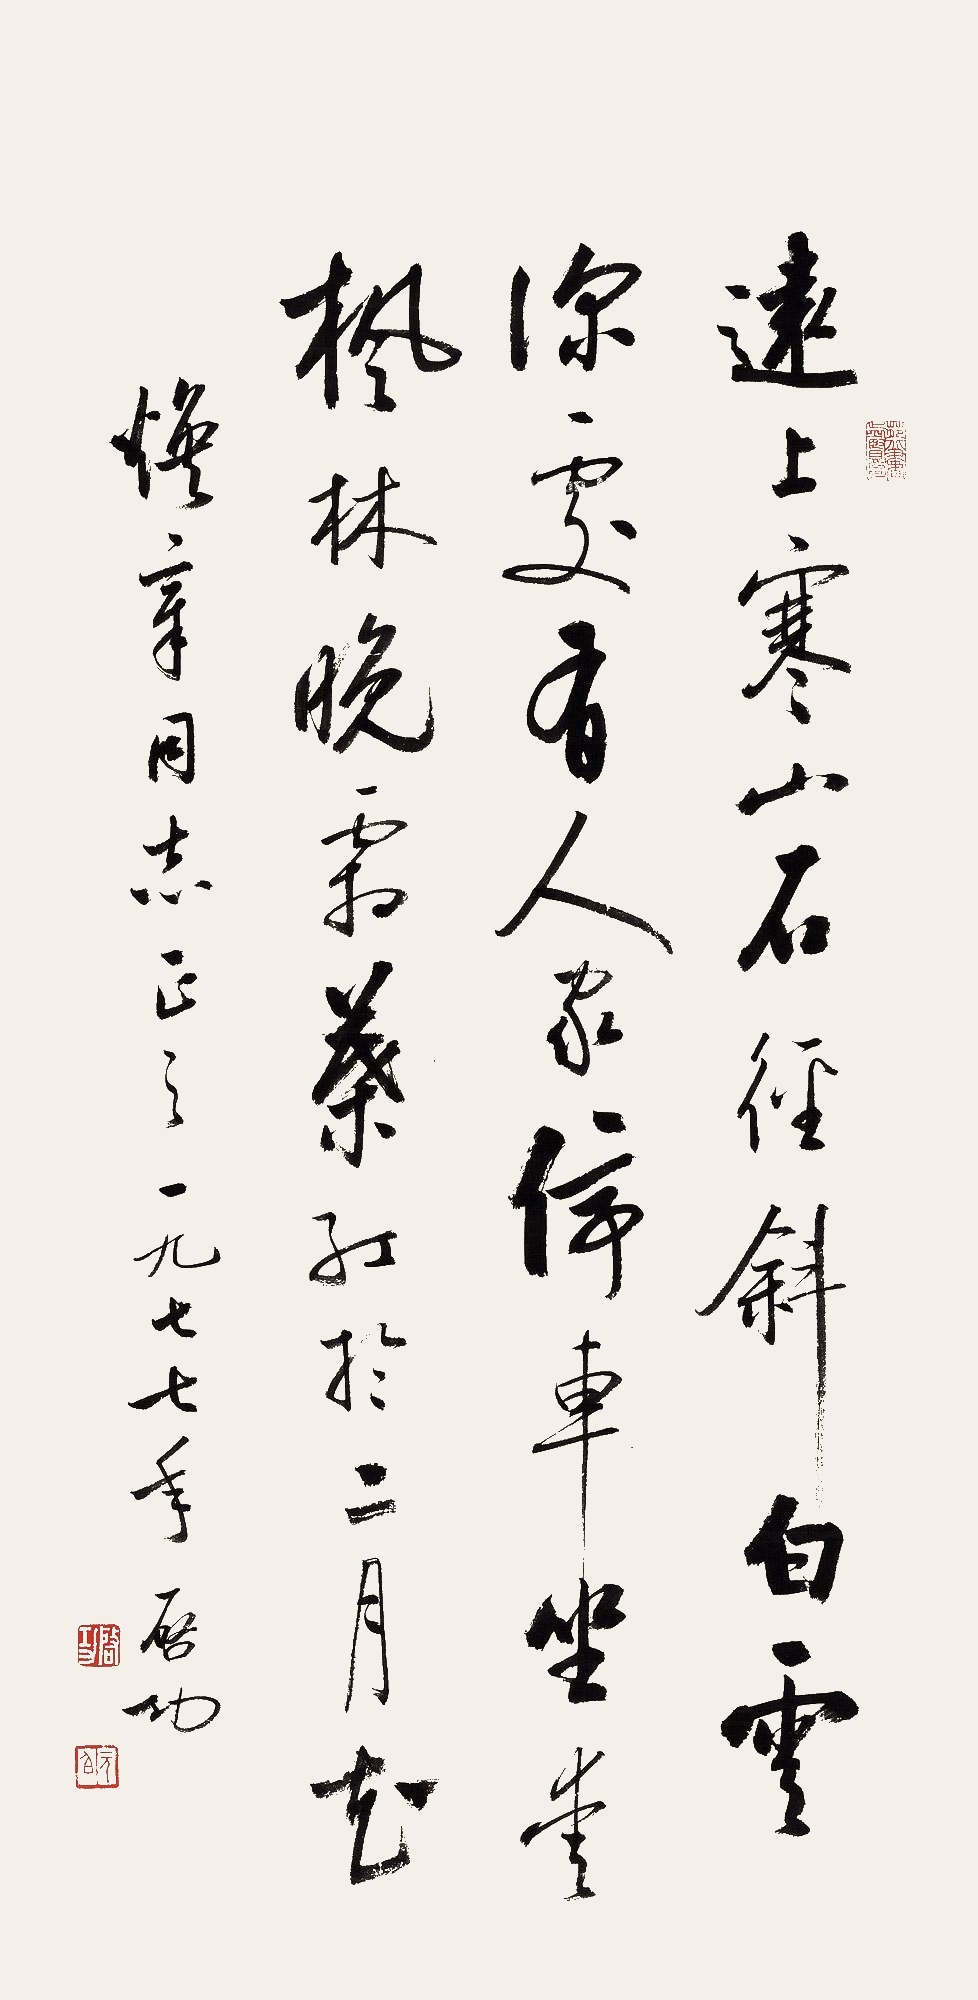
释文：远上寒山石径斜，白云生处有人家。停车坐爱枫林晚，霜叶红于二月花。焕章同志正之。一九七七年，启功。